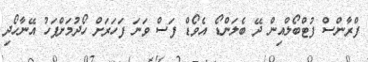
ފްރާންސް ފުޓްބޯލްއިން ދޭ ބެލަންޑޯ އެވޯޑް ފަސް ވަނަ ފަހަރަށް ހޯދުމަށްފަހު އޭނާހޯދި